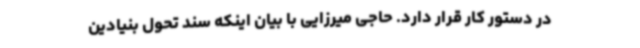
در دستور کار قرار دارد. حاجی میرزایی با بیان اینکه سند تحول بنیادین